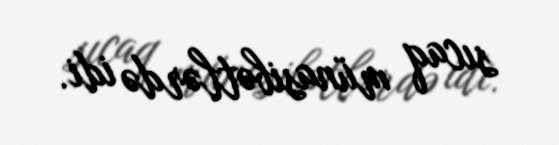
sıcaq münasibətlərdə idi.